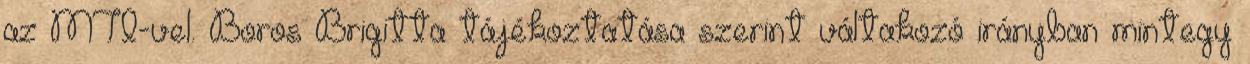
az MTI-vel. Boros Brigitta tájékoztatása szerint váltakozó irányban mintegy